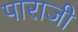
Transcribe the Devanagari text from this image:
पाराजी